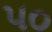
૫૦